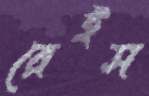
রেইস